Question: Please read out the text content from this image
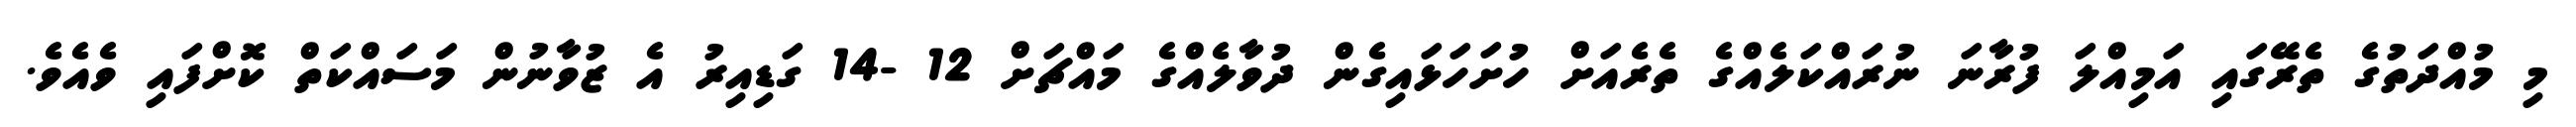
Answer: މި މުއްދަތުގެ ތެރޭގައި އަމިއްލަ ފުރާނަ ނުރައްކަލެއްގެ ތެރެއަށް ހުށަހަޅައިގެން ދުވާލެއްގެ މައްޗަށް 12 -14 ގަޑިއިރު އެ ޒުވާނުން މަސައްކަތް ކޮށްފައި ވެއެވެ.